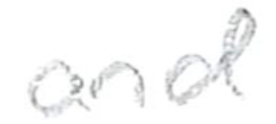
Text: and
Cross-out: clean
Writing tool: pencil